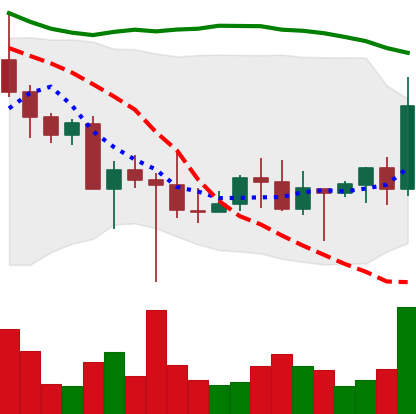
Ticker: DOGE-USD
Chart end date: 2022-10-25
Forward return: 87.338%
Label: up_7plus